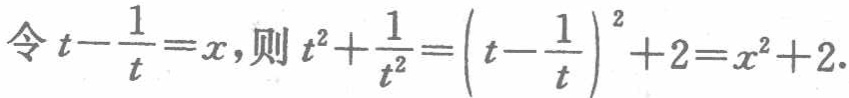
令\(t - \frac{1}{t} = x\)，则\(t^{2}+\frac{1}{t^{2}} = \left(t - \frac{1}{t}\right)^{2}+2 = x^{2}+2\)。